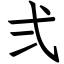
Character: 弍